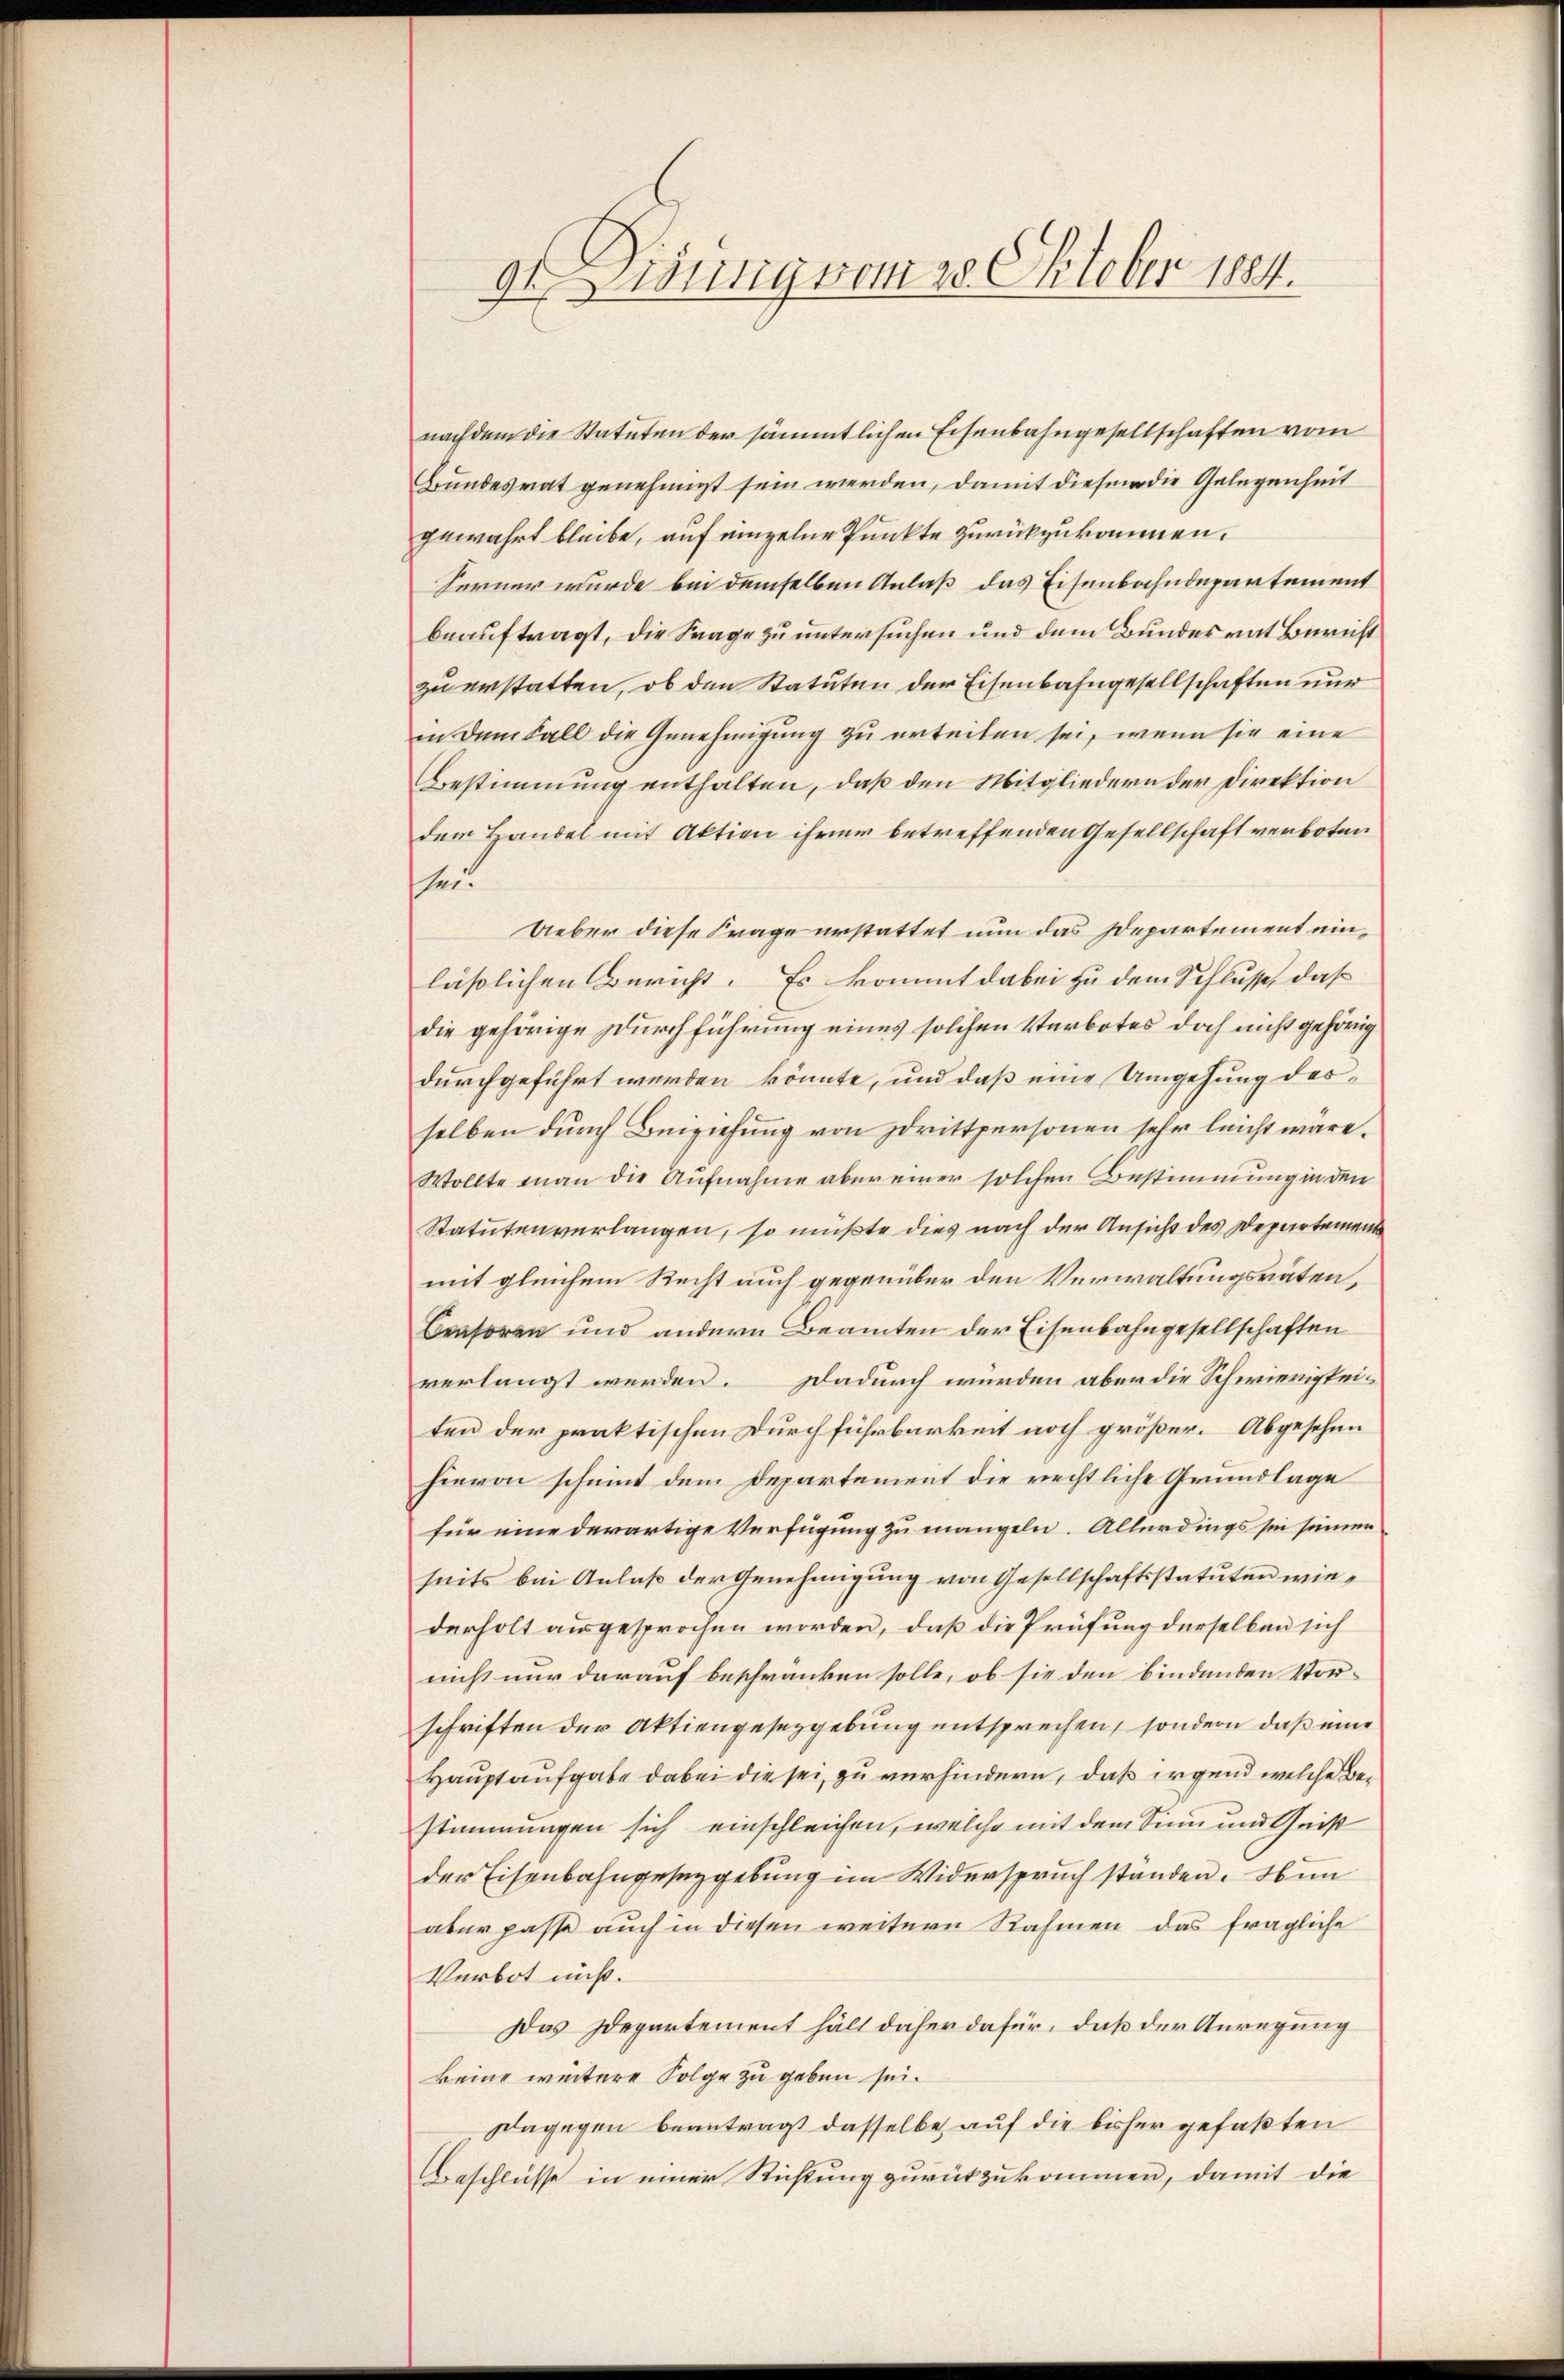
9t Lisung vom 28. Oktober 1884.

nachdem die Statuten der sämmtlichen Eisenbahngesellschaften vom
Bundesrat genehmigt sein werden, damit diesem die Gelegenheit
gewahrt bleibe, auf einzelne Punkte zurückzukommen.
Ferner wurde bei demselben Anlaß das Eisenbahndepartement
beauftragt, die Frage zu untersuchen und dem Bundesrat Bericht
zu erstatten, ob den Statuten der Eisenbahngesellschaften nur
in dem Fall die Genehmigung zu erteilen sei, wenn sie eine
Bestimmung enthalten, daß den Mitgliedern der Direktion
dem Handel mit Aktion ihrer betreffenden Gesellschaft verboten
sei.
Ueber diese Frage erstattet nun das Departement einläßlichen Bericht. Es kommt dabei zu dem Schlusse, daß
die gehörige Durchführung eines solchen Verbotes doch nicht gehörig
durchgeführt werden könnte, und daß eine Umgehung desselben durch Beiziehung von drittpersonen sehr leicht wäre.
Wollte man die Aufnahme aber einer solchen Bestimmung in den
Statutenverlangen, so müßte dies nach der Ansicht des Departement
mit gleichem Recht auch gegenüber den Verwaltungsräten,
Censoren und andern Beamten der Eisenbahngesellschaften
verlangt werden. Dadurch würden aber die Schwierigkei-
ten der praktischen Durchführbarkeit noch größer. Abgesehen
hievon scheint dem Departement die rechtliche Grundlage
für eine derartige Verfügung zu mangeln. Allerdings sei seiner
seits bei Anlaß der Genehmigung von Gesellschaftsstatuten wie-
derholt ausgesprochen worden, daß die Prüfung derselben sich
nicht nur darauf beschränken solle, ob sie den bindenden Vor-
schriften der Aktiengesetzgebung entsprechen, sondern daß eine
Hauptaufgabe dabei die sei, zu verhindern, daß irgend welche Bestimmungen sich einschleichen, welche mit dem Sinn und Geist
der Eisenbahngesetzgebung im Widerspruch standen. Nun
aber passe auch in diesen weitern Rahmen das fragliche
Verbot nicht.
Das Departement hält daher dafür, daß der Anregung
keine weitere Folge zu geben sei.
Dagegen beantragt dasselbe auf die bisher gefaßten
Beschlüsse in einer Stichtung zurückzukommen, damit die